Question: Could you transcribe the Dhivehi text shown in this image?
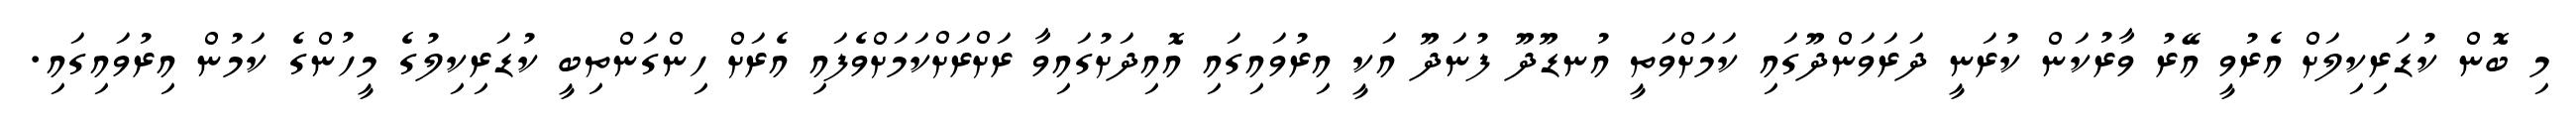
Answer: މި ބޮން ކުޑަރިކިލަށް އެރުވީ އޭރު ވާރުކަން ކުރަނީ ދަރަވަންދޫގައި ކަމަށްވަތީ އުނޑޫދޫ ފުނަދޫ އަކީ އިރުވައިގައި އޮއިދަށުގައިވާ ރަށްރަށްކަމަށްވެފައި އެރަށް ހިންގަންތިބީ ކުޑަރިކިލުގެ މީހުންގެ ކަމުން އިރުވައިގައި.